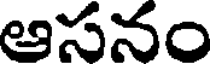
ఆసనం